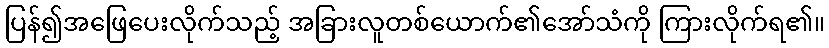
ပြန်၍အဖြေပေးလိုက်သည့် အခြားလူတစ်ယောက်၏အော်သံကို ကြားလိုက်ရ၏။